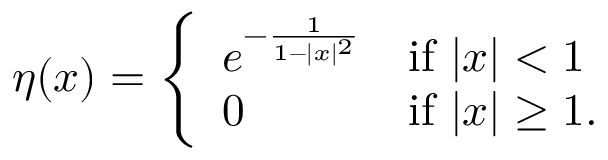
\eta ( x ) = { \left\{ \begin{array} { l l } { e ^ { - { \frac { 1 } { 1 - | x | ^ { 2 } } } } } & { { \mathrm { i f ~ } } | x | < 1 } \\ { 0 } & { { \mathrm { i f ~ } } | x | \geq 1 . } \end{array} \right. }